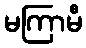
မကြာမီ